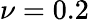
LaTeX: \nu=0.2